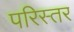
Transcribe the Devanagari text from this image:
परिस्तर